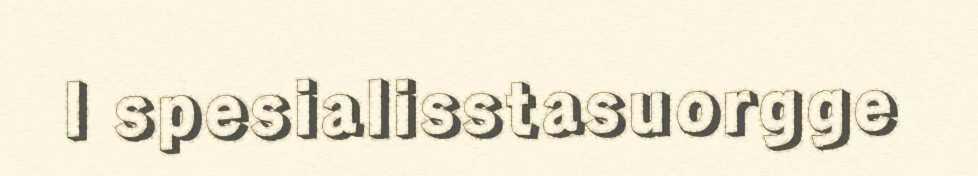
l spesialisstasuorgge